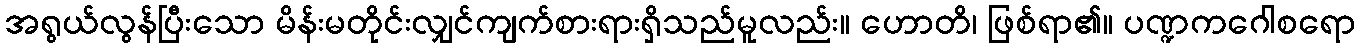
အရွယ်လွန်ပြီးသော မိန်းမတိုင်းလျှင်ကျက်စားရားရှိသည်မူလည်း။ ဟောတိ၊ ဖြစ်ရာ၏။ ပဏ္ဍကဂေါစရော